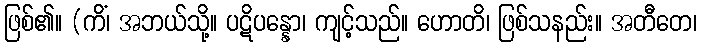
ဖြစ်၏။ (ကိံ၊ အဘယ်သို့။ ပဋိပန္နော၊ ကျင့်သည်။ ဟောတိ၊ ဖြစ်သနည်း။ အတီတေ၊